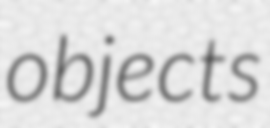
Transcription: objects